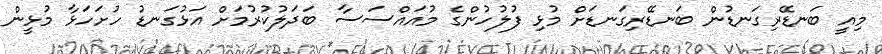
މިއީ ބަނޑޭރިގަނޑުން ބަނޑޭރިގަނޑަށް މުޅި ފުލުހުންގެ މުއައްސަސާ ބަދަލުކުރުމަށް އަޅުގަނޑު ހުށަހަޅާ މުޅީން